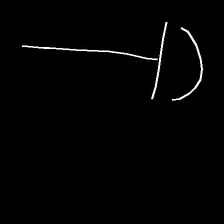
Glyph: dispersion